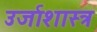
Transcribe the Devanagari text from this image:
उर्जाशास्त्र